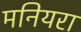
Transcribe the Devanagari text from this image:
मनियरा